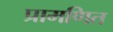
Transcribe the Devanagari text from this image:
प्रामणित